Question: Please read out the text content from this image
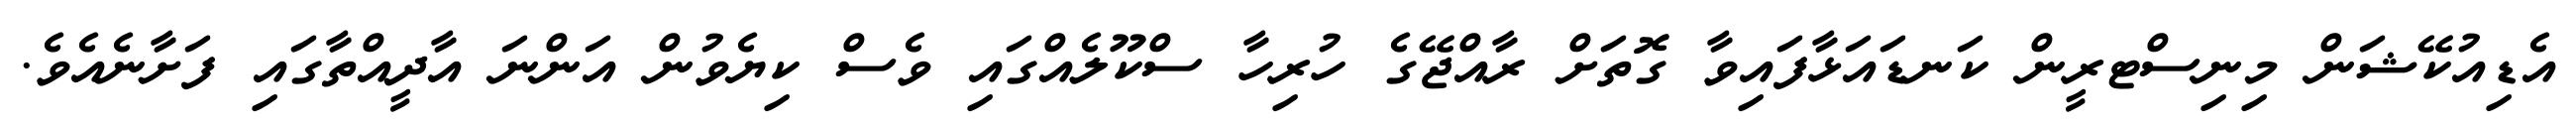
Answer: އެޑިއުކޭޝަން މިނިސްޓރީން ކަނޑައަޅާފައިވާ ގޮތަށް ރާއްޖޭގެ ހުރިހާ ސްކޫލެއްގައި ވެސް ކިޔެވުން އަންނަ އާދީއްތާގައި ފަށާނެއެވެ.